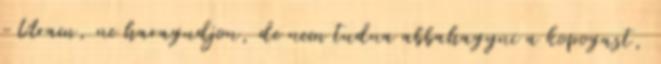
-Uram, ne haragudjon, de nem tudna abbahagyni a kopogast,